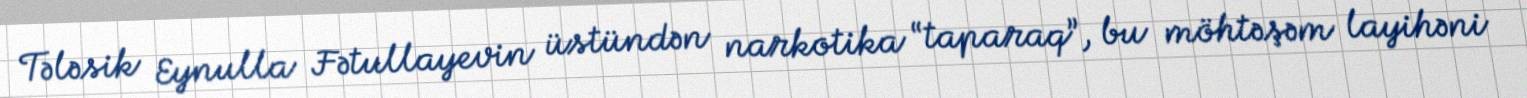
Tələsik Eynulla Fətullayevin üstündən narkotika “taparaq”, bu möhtəşəm layihəni